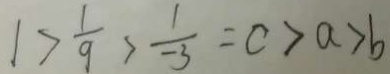
1 > \frac { 1 } { 9 } > \frac { 1 } { - 3 } = c > a > b